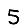
Digit: 5